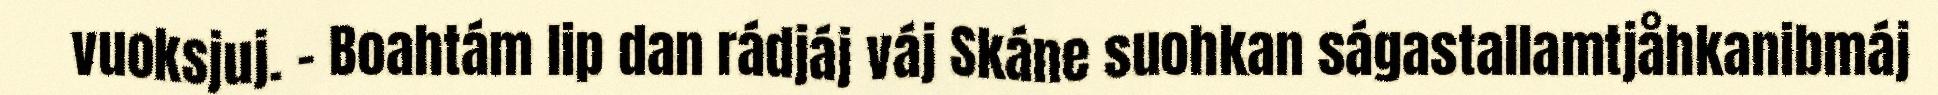
vuoksjuj. – Boahtám lip dan rádjáj váj Skáne suohkan ságastallamtjåhkanibmáj